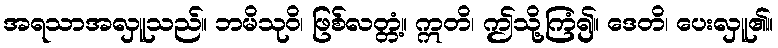
အရသာအလှူသည်။ ဘမိသုဝိ၊ ဖြစ်လတ္တံ့။ ဣတိ၊ ဤသို့ကြံ၍။ ဒေတိ၊ ပေးလှူ၏။